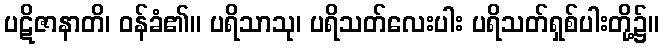
ပဋိဇာနာတိ၊ ဝန်ခံ၏။ ပရိသာသု၊ ပရိသတ်လေးပါး ပရိသတ်ရှစ်ပါးတို့၌။